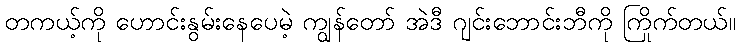
တကယ့်ကို ဟောင်းနွမ်းနေပေမဲ့ ကျွန်တော် အဲဒီ ဂျင်းဘောင်းဘီကို ကြိုက်တယ်။